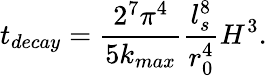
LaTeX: t_{decay}=\frac{2^{7}\pi^{4}}{5k_{max}}\frac{l_{s}^{8}}{r_{0}^{4}}H^{3}.